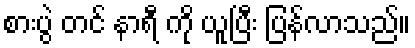
စားပွဲ တင် နာရီ ကို ယူပြီး ပြန်လာသည်။